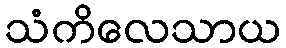
သံကိလေသာယ